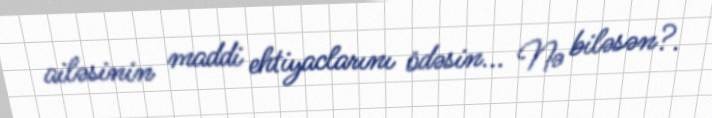
ailəsinin maddi ehtiyaclarını ödəsin... Nə biləsən?.